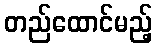
တည်ထောင်မည့်